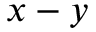
x - y